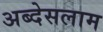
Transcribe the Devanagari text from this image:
अब्देसलाम